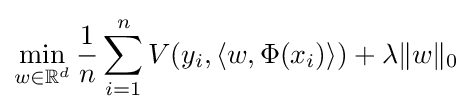
\min _{w\in \mathbb {R} ^{d}}{\frac {1}{n}}\sum _{i=1}^{n}V(y_{i},\langle w,\Phi (x_{i})\rangle )+\lambda \|w\|_{0}